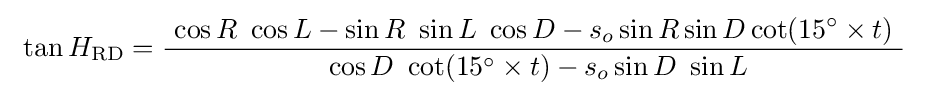
\ \tan H_{\text{RD}}={\frac {\ \cos R\ \cos L-\sin R\ \sin L\ \cos D-s_{o}\sin R\sin D\cot(15^{\circ }\times t)\ }{\ \cos D\ \cot(15^{\circ }\times t)-s_{o}\sin D\ \sin L}}\